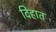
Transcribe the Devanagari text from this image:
दिहात